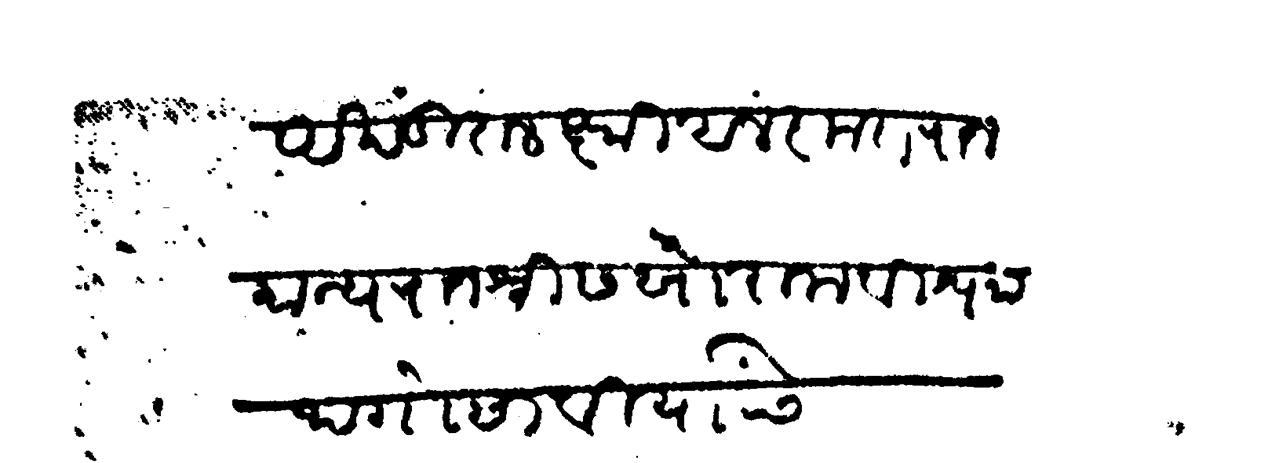
Transliteration (Devanagari): अखंडित लक्ष्मी अलंकृत राजमान्य राजश्री सखाराम विश्वनाथ गोसावी यांसी